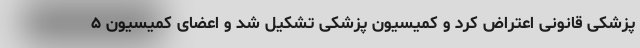
پزشکی قانونی اعتراض کرد و کمیسیون پزشکی تشکیل شد و اعضای کمیسیون ۵